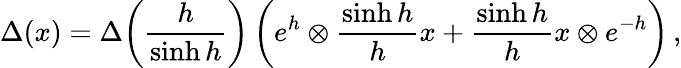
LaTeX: \Delta(x)=\Delta\! \left(\frac{h}{\sinh h}\right)\left(e^{h}\otimes\frac{\sinh h}{h}x+\frac{\sinh h}{h}x\otimes e^{-h}\right)\, ,